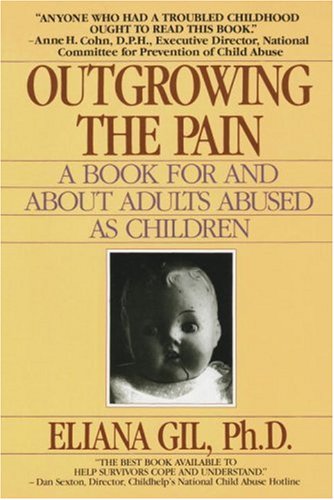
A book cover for Outgrowing the Pain: A Book for and About Adults Abused As Children; Eliana Gil; Parenting & Relationships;